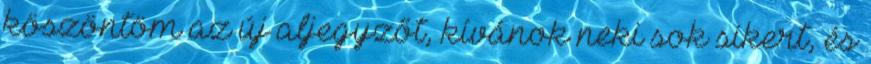
köszöntöm az új aljegyzőt, kívánok neki sok sikert, és